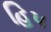
હિપ